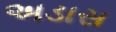
અડાસ